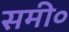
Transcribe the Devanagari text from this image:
समी०